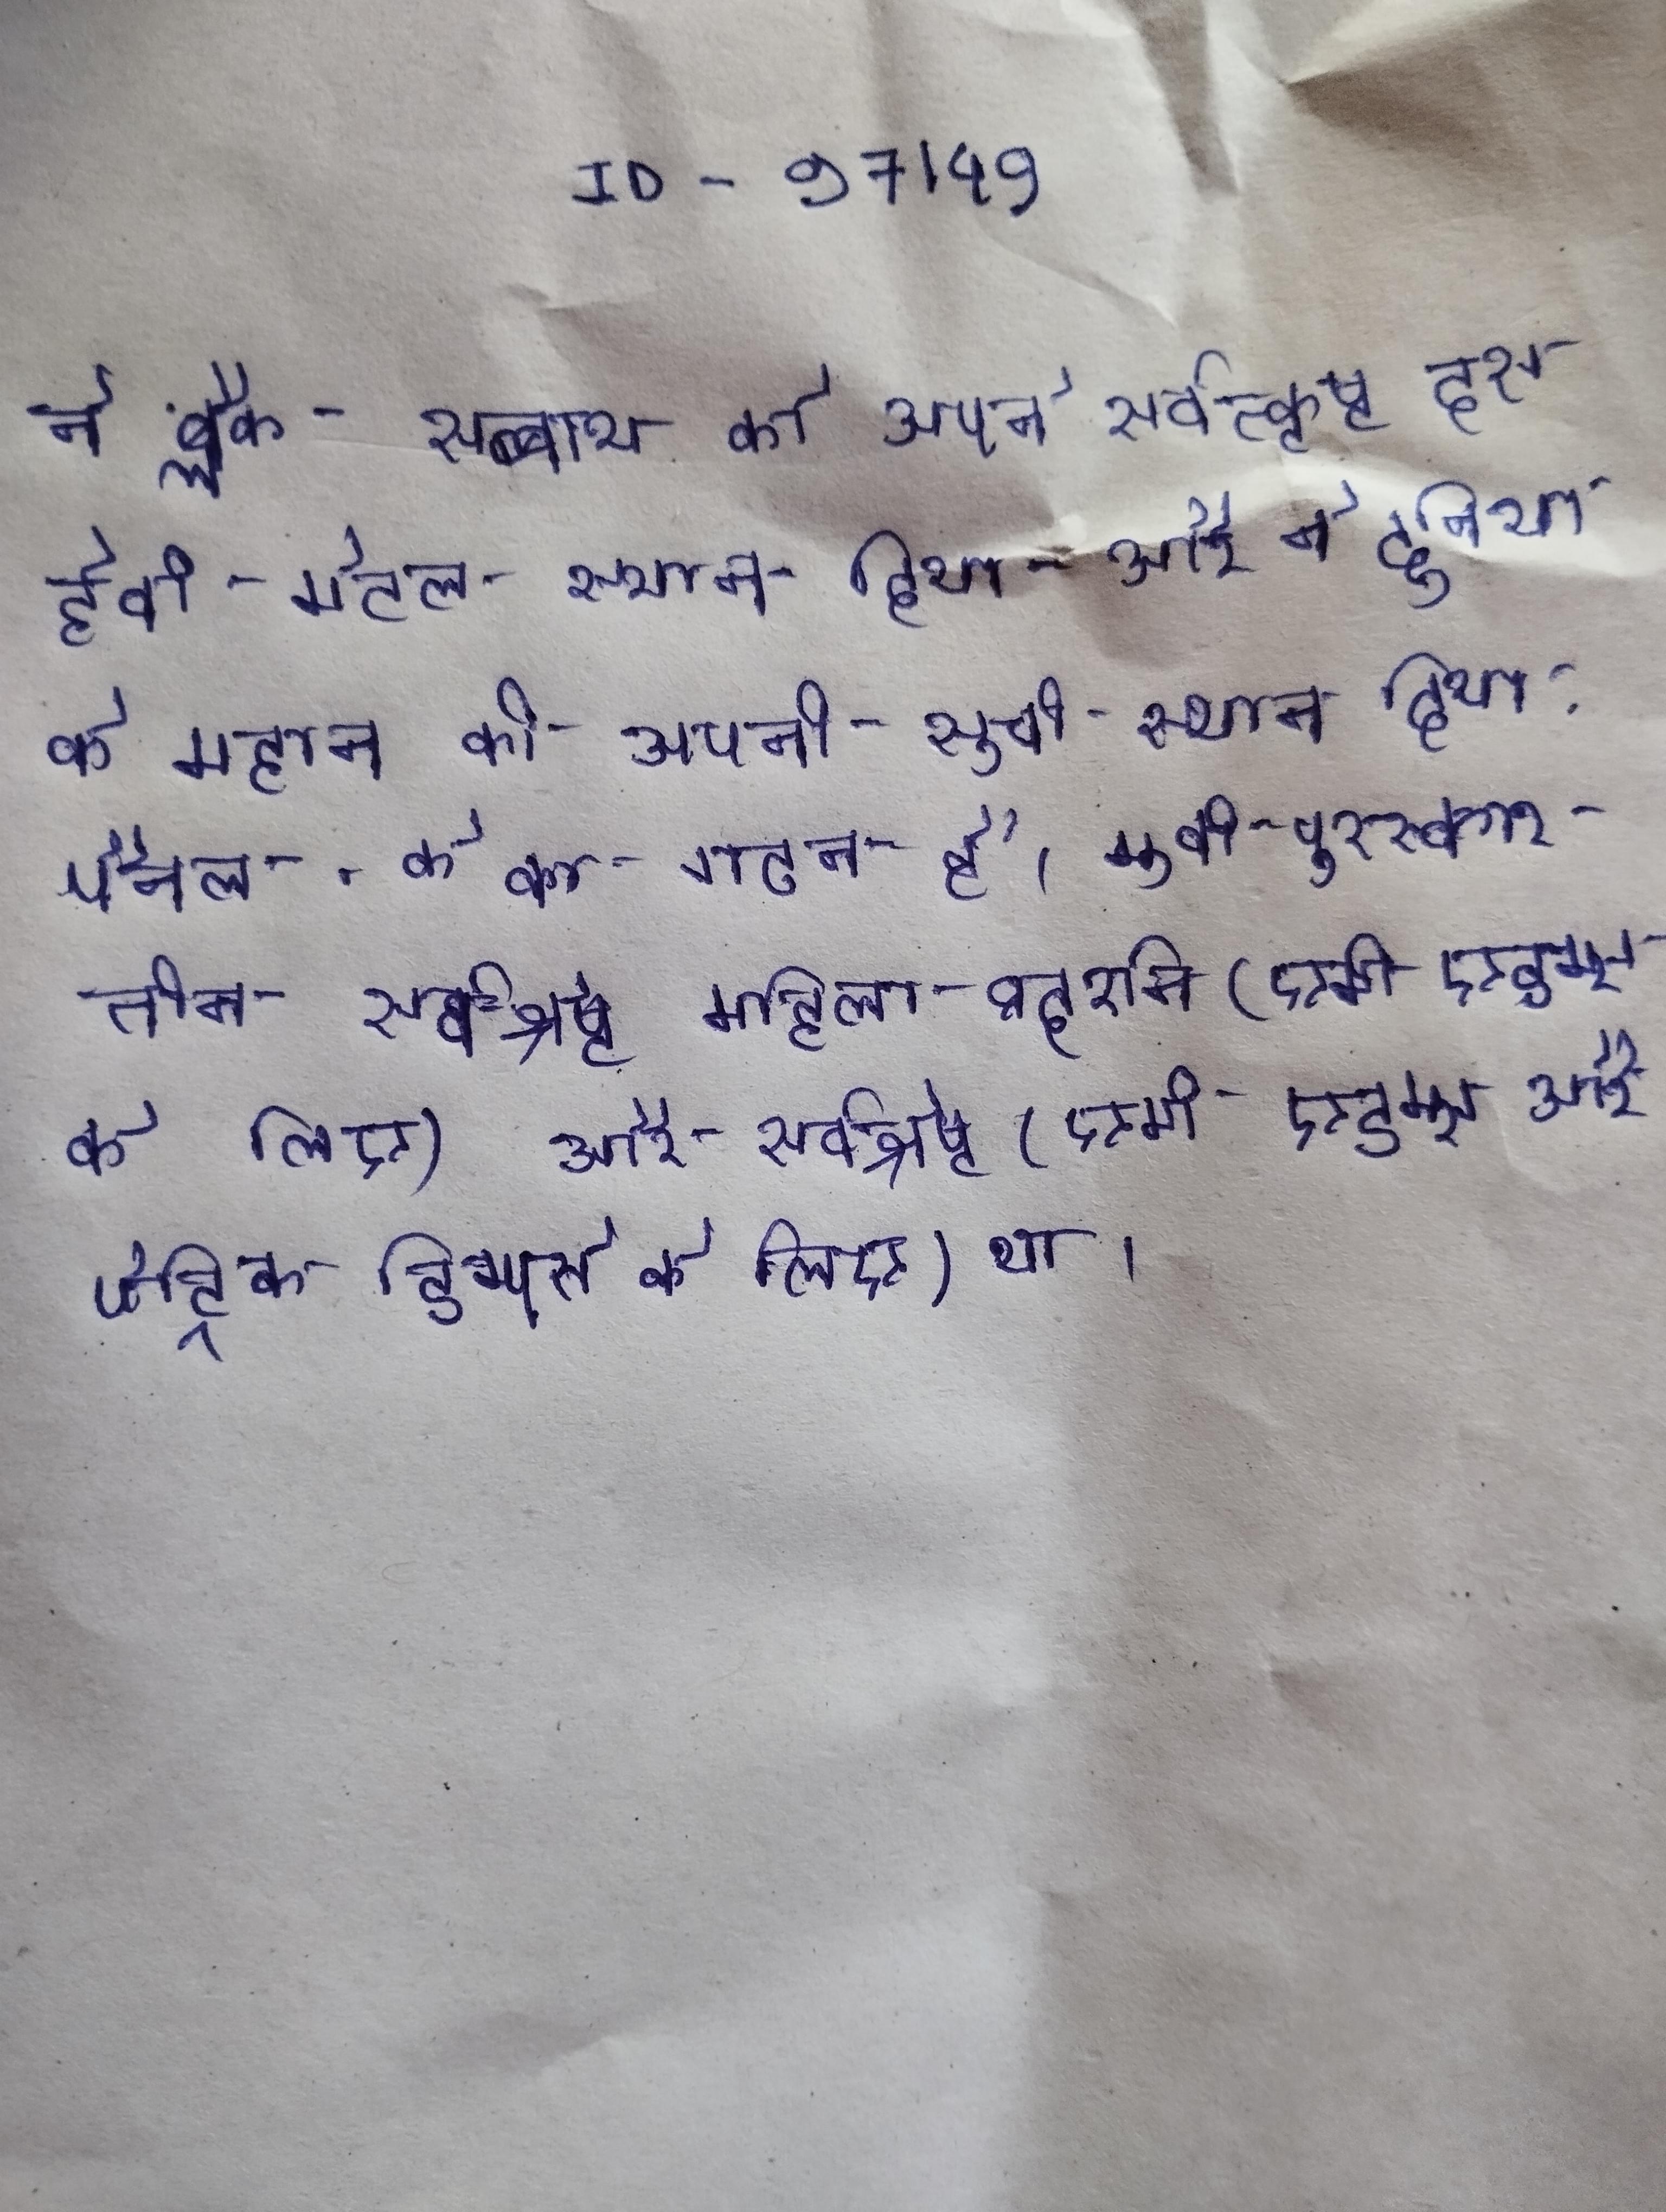
ने ब्लैक सब्बाथ को अपने सर्वत्कृष्ठ दस हेवी मेटल स्थान दिया और ने दुनिया के महान की अपनी सूची स्थान दिया . पैनल, के का गठन है । मूवी पुरस्कार तीन सर्वश्रेष्ठ महिला प्रदर्शन (एमी एडम्स के लिए), सर्वश्रेष्ठ हास्य प्रदर्शन (एमी एडम्स के लिए) और सर्वश्रेष्ठ (एमी एडम्स और पेट्रिक डिम्पसे के लिए) था ।